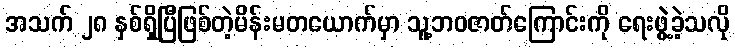
အသက် ၂၈ နှစ်ရှိပြီဖြစ်တဲ့မိန်းမတယောက်မှာ သူ့ဘဝဇာတ်ကြောင်းကို ရေးဖွဲ့ခဲ့သလို